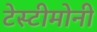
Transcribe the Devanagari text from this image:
टेस्टीमोनी